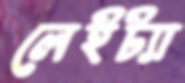
লেইট্যা